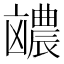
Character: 𪞽